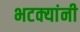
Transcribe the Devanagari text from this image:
भटक्यांनी